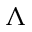
\Lambda